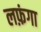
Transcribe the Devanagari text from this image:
लफ़ंगा